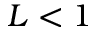
L < 1